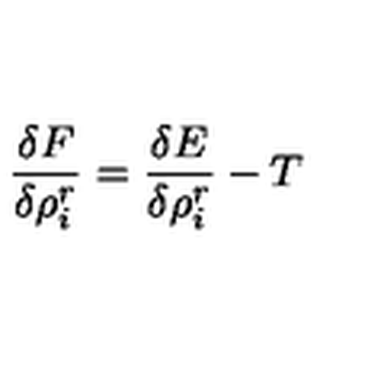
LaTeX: \frac { \delta F } { \delta \rho _ { i } ^ { r } } = \frac { \delta E } { \delta \rho _ { i } ^ { r } } - T